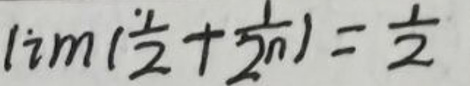
\(\lim ( \frac { 1 } { 2 } + \frac { 1 } { 2 n } ) = \frac { 1 } { 2 }\)